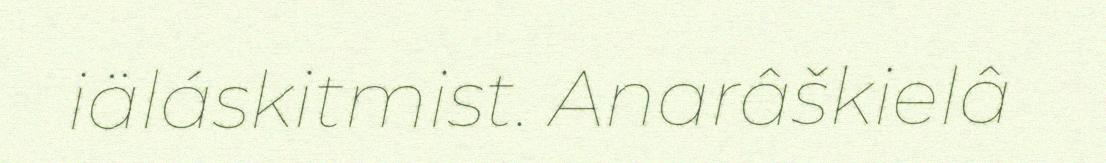
iäláskitmist. Anarâškielâ